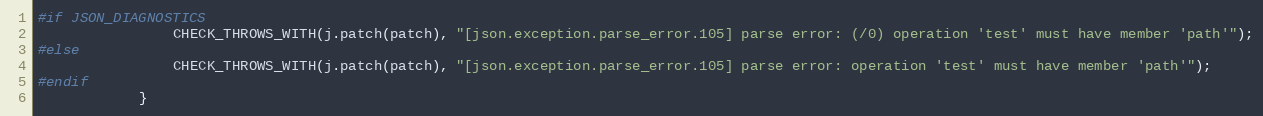
Language: C++
#if JSON_DIAGNOSTICS
                CHECK_THROWS_WITH(j.patch(patch), "[json.exception.parse_error.105] parse error: (/0) operation 'test' must have member 'path'");
#else
                CHECK_THROWS_WITH(j.patch(patch), "[json.exception.parse_error.105] parse error: operation 'test' must have member 'path'");
#endif
            }